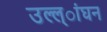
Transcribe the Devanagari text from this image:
उल्ल्ांघन